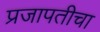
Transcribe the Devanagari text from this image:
प्रजापतीचा